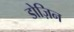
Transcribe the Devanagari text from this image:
डोज़िन